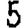
Digit: 5